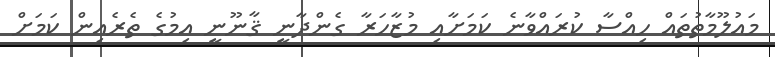
މައުލޫމާތުތައް ހިއްސާ ކުރައްވާނެ ކަމަށާއި މުޒާހަރާ ގެންދާނީ ޤާނޫނީ އިމުގެ ތެރެއިން ކަމަށް